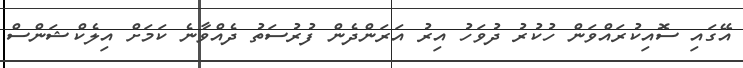
އޭގައި ސޮއިކުރައްވަން ހުކުރު ދުވަހު އިރު އަރަންދެން ފުރުސަތު ދެއްވާނެ ކަމަށް އިލެކްޝަންސް